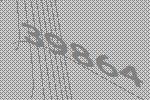
39864